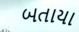
બતાયા